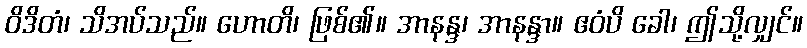
ဝိဒိတံ၊ သိအပ်သည်။ ဟောတိ၊ ဖြစ်၏။ အာနန္ဒ၊ အာနန္ဒာ။ ဧဝံပိ ခေါ၊ ဤသို့လျှင်။